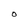
Character: O